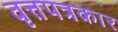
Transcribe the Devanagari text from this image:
वृत्तपत्रकार